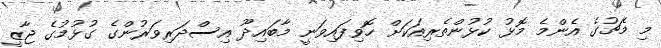
މި މެޗުގެ އެންމެ މޮޅު ކުޅުންތެރިއަކަށް ހޮވިފައިވަނީ މާބައިދޫ އިސްދަރިވަރުންގެ ގުޅުމުގެ ޖާޒީ